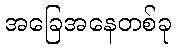
အခြေအနေတစ်ခု